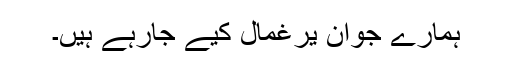
ہمارے جوان یرغمال کیے جارہے ہیں۔